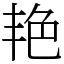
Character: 艳